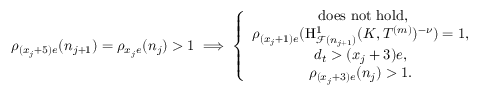
\rho _ { ( x _ { j } + 5 ) e } ( n _ { j + 1 } ) = \rho _ { x _ { j } e } ( n _ { j } ) > 1 \implies \left\{ \begin{array} { c } { \mathrm { ~ d o e s ~ n o t ~ h o l d } , } \\ { \rho _ { ( x _ { j } + 1 ) e } ( \mathrm { H } _ { \mathcal { F } ( n _ { j + 1 } ) } ^ { 1 } ( K , T ^ { ( m ) } ) ^ { - \nu } ) = 1 , } \\ { d _ { t } > ( x _ { j } + 3 ) e , } \\ { \rho _ { ( x _ { j } + 3 ) e } ( n _ { j } ) > 1 . } \end{array} \right.